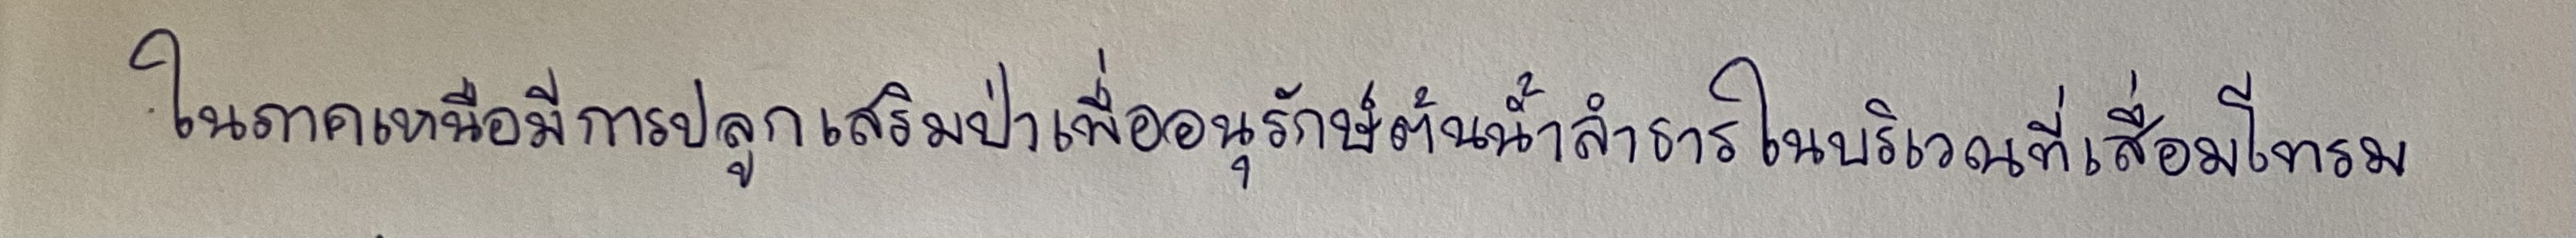
ในภาคเหนือมีการปลูกเสริมป่าเพื่ออนุรักษ์ต้นน้ำลำธารในบริเวณที่เสื่อมโทรม